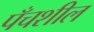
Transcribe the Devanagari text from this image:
पँचशील